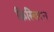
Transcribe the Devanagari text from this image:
क्रिस्चिएन